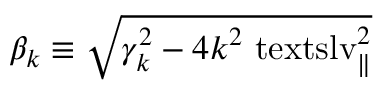
\beta _ { k } \equiv \sqrt { \smash [ b ] { \gamma _ { k } ^ { 2 } } - \smash [ b ] { 4 k ^ { 2 } \ensuremath { \mathrm { \ t e x t s l { v } } _ { \parallel } } ^ { 2 } } }